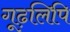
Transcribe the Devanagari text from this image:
गूढ़लिपि